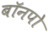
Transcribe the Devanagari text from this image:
बॉनपो